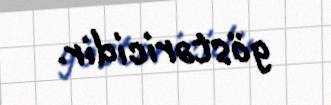
göstəricidir.